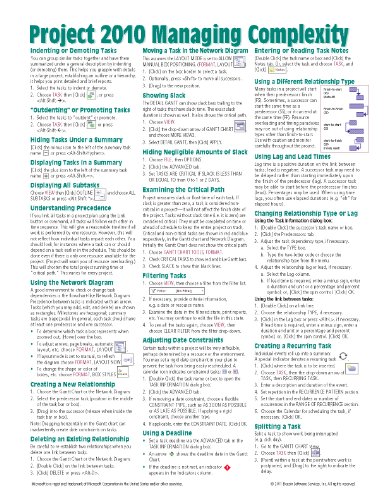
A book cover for Microsoft Project 2010 Quick Reference Guide: Managing Complexity (Cheat Sheet of Instructions, Tips & Shortcuts - Laminated Card); Beezix Inc; Computers & Technology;